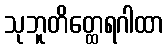
သုဘူတိတ္ထေရဂါထာ